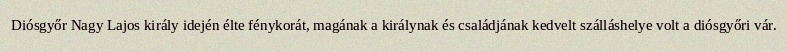
Diósgyőr Nagy Lajos király idején élte fénykorát, magának a királynak és családjának kedvelt szálláshelye volt a diósgyőri vár.